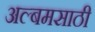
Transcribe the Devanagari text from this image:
अल्बमसाठी